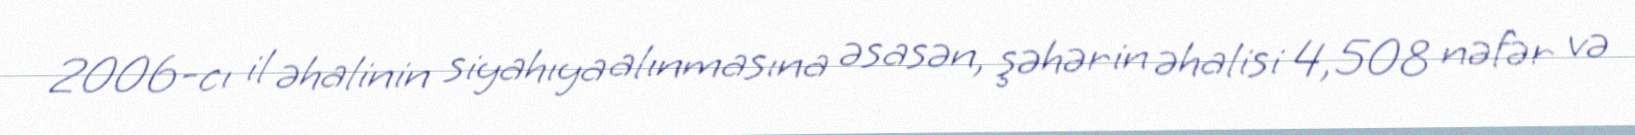
2006-cı il əhalinin siyahıya alınmasına əsasən, şəhərin əhalisi 4,508 nəfər və